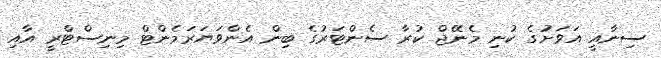
ސިނާއީ އަވަށުގެ ކުނި މެނޭޖް ކުރާ ސެންޓަރުގެ ބިން އެންވަޔަރަމެންޓް މިނިސްޓްރީ އާއި